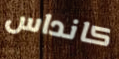
كانداس